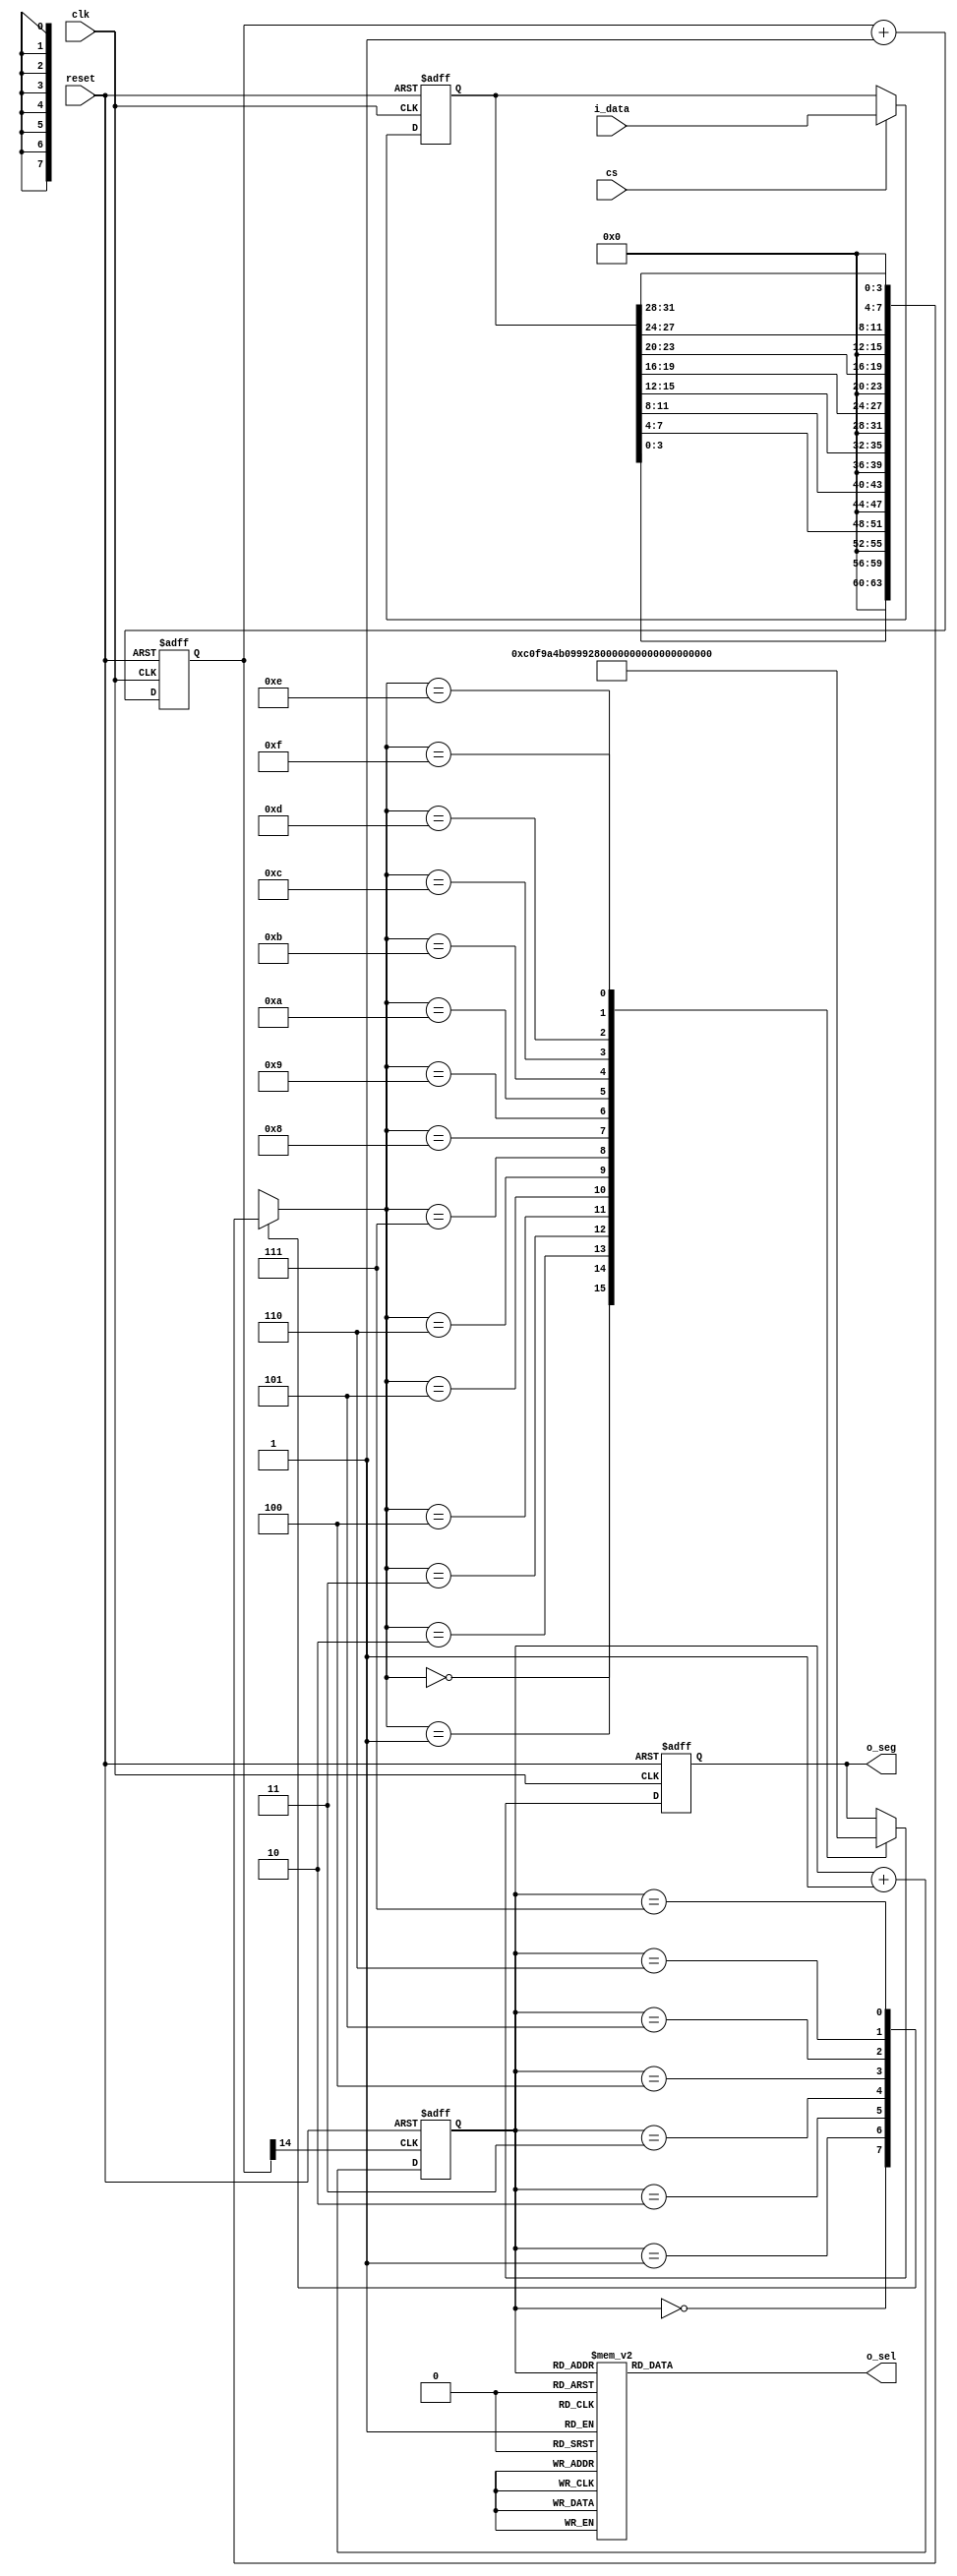
///////////////////////////////////////////////////////////////////////////////
// Type: Module
// Project: MIPS Pipeline CPU 54 Instructions
///////////////////////////////////////////////////////////////////////////////

`timescale 1ns / 1ns

module seg7x16(
    input clk,
	input reset,
	input cs,
	input [31:0] i_data,
	output [7:0] o_seg,
	output [7:0] o_sel
    );

    reg [14:0] cnt;
	 always @ (posedge clk, posedge reset)
      if (reset)
        cnt <= 0;
      else
        cnt <= cnt + 1'b1;
 
    wire seg7_clk = cnt[14]; 
	 
	 reg [2:0] seg7_addr;
	 
	 always @ (posedge seg7_clk, posedge reset)
	   if(reset)
		  seg7_addr <= 0;
		else
		  seg7_addr <= seg7_addr + 1'b1;
		  
	 reg [7:0] o_sel_r;
	 
	 always @ (*)
	   case(seg7_addr)
		  7 : o_sel_r = 8'b01111111;
		  6 : o_sel_r = 8'b10111111;
		  5 : o_sel_r = 8'b11011111;
		  4 : o_sel_r = 8'b11101111;
		  3 : o_sel_r = 8'b11110111;
		  2 : o_sel_r = 8'b11111011;
		  1 : o_sel_r = 8'b11111101;
		  0 : o_sel_r = 8'b11111110;
		endcase
	
	 reg [31:0] i_data_store;
	 always @ (posedge clk, posedge reset)
	   if(reset)
		  i_data_store <= 0;
		else if(cs)
		  i_data_store <= i_data;
		  
	 reg [7:0] seg_data_r;
	 always @ (*)
	   case(seg7_addr)
		  0 : seg_data_r = i_data_store[3:0];
		  1 : seg_data_r = i_data_store[7:4];
		  2 : seg_data_r = i_data_store[11:8];
		  3 : seg_data_r = i_data_store[15:12];
		  4 : seg_data_r = i_data_store[19:16];
		  5 : seg_data_r = i_data_store[23:20];
		  6 : seg_data_r = i_data_store[27:24];
		  7 : seg_data_r = i_data_store[31:28];
		endcase
	 
	 reg [7:0] o_seg_r;
	 always @ (posedge clk, posedge reset)
	   if(reset)
		  o_seg_r <= 8'hff;
		else
		  case(seg_data_r)
		    4'h0 : o_seg_r <= 8'hC0;
          4'h1 : o_seg_r <= 8'hF9;
          4'h2 : o_seg_r <= 8'hA4;
          4'h3 : o_seg_r <= 8'hB0;
          4'h4 : o_seg_r <= 8'h99;
          4'h5 : o_seg_r <= 8'h92;
          4'h6 : o_seg_r <= 8'h82;
          4'h7 : o_seg_r <= 8'hF8;
          4'h8 : o_seg_r <= 8'h80;
          4'h9 : o_seg_r <= 8'h90;
          4'hA : o_seg_r <= 8'h88;
          4'hB : o_seg_r <= 8'h83;
          4'hC : o_seg_r <= 8'hC6;
          4'hD : o_seg_r <= 8'hA1;
          4'hE : o_seg_r <= 8'h86;
          4'hF : o_seg_r <= 8'h8E;
		  endcase
		  
	 assign o_sel = o_sel_r;
	 assign o_seg = o_seg_r;

endmodule